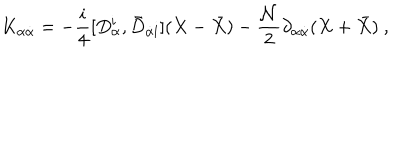
LaTeX: K _ { \alpha { \dot { \alpha } } } = - \frac { i } { 4 } [ D _ { \alpha } ^ { \mathbf i } , { \bar { D } } _ { { \dot { \alpha } } { \mathbf i } } ] ( X - { \bar { X } } ) - \frac { { \mathcal N } } { 2 } \partial _ { \alpha { \dot { \alpha } } } ( X + { \bar { X } } ) \ ,